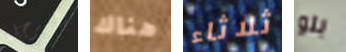
والرجل هناك ثلاثاء بلو